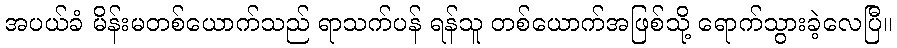
အပယ်ခံ မိန်းမတစ်ယောက်သည် ရာသက်ပန် ရန်သူ တစ်ယောက်အဖြစ်သို့ ရောက်သွားခဲ့လေပြီ။